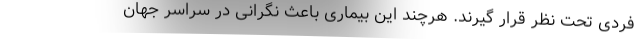
فردی تحت نظر قرار گیرند. هرچند این بیماری باعث نگرانی در سراسر جهان